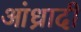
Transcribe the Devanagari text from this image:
आंध्रादी